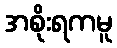
အစိုးရကမူ